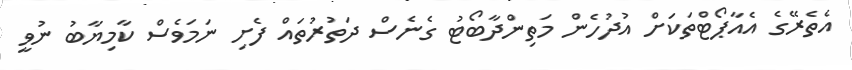
އެތެރޭގެ އެއާޕޯޓްތަކަށް އުދުހެން މަތިންދާބޯޓު ގެނެސް ދަތުރުތައް ފެށި ނަމަވެސް ކާމިޔާބު ނުވީ